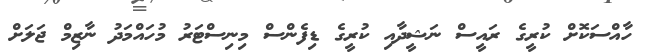
ހާއްސަކޮށް ކުރީގެ ރައީސް ނަޝީދާއި ކުރީގެ ޑިފެންސް މިނިސްޓަރު މުހައްމަދު ނާޒިމް ޖަލަށް